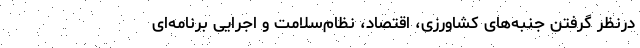
درنظر گرفتن جنبه‌های کشاورزی، اقتصاد، نظام‌سلامت و اجرایی برنامه‌ای